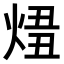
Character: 𤊛